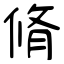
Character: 脩